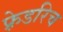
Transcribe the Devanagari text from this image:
फ़्रेडरिच